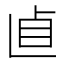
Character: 𠧡